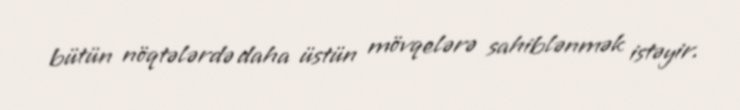
bütün nöqtələrdə daha üstün mövqelərə sahiblənmək istəyir.